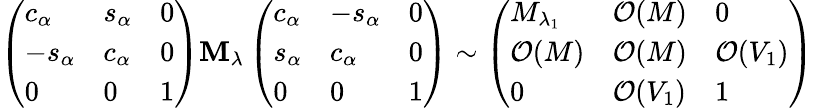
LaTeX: \left(\begin{array}{lll}{{c_{\alpha}}}&{{s_{\alpha}}}&{{0}}\\ {{-s_{\alpha}}}&{{c_{\alpha}}}&{{0}}\\ {{0}}&{{0}}&{{1}}\end{array}\right)\mathbf{M}_{\lambda}\left(\begin{array}{lll}{{c_{\alpha}}}&{{-s_{\alpha}}}&{{0}}\\ {{s_{\alpha}}}&{{c_{\alpha}}}&{{0}}\\ {{0}}&{{0}}&{{1}}\end{array}\right)\sim\left(\begin{array}{lll}{{M_{\lambda_{1}}}}&{{{\cal O}(M)}}&{{0}}\\ {{{\cal O}(M)}}&{{{\cal O}(M)}}&{{{\cal O}(V_{1})}}\\ {{0}}&{{{\cal O}(V_{1})}}&{{1}}\end{array}\right)